Annual administration report of the Civil Veterinary Department of India - 1905-1906
Year: 1905
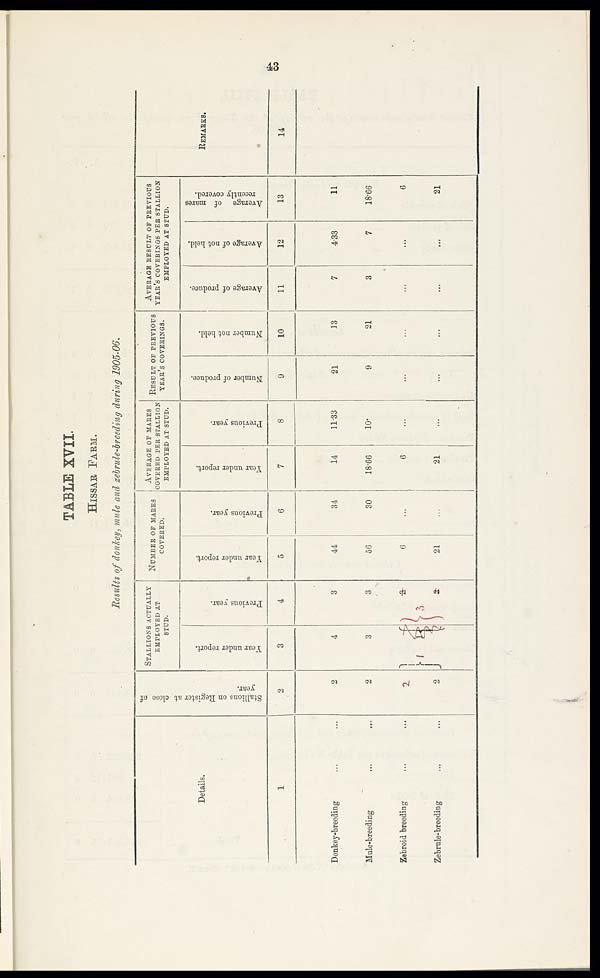
43
TABLE XVII.
HISSAR FARM.
Results of donkey, mule and zebrule-breeding during 1905-06.
Details.
1
Donkey-breeding ... ...
Male-breeding
...
...
Zebroid breeding ... ...
Zebrule-breeding ... ...
Stallions on Register at close of
year.
2
2
2
2
2
STALLIONS ACTUALLY
EMPLOYED AT
STUD.
Year
under report.
3
4
3
1
Previous year.
4
3
3
3
3
NUMBER OF MARES
COVERED.
Year under report.
5
44
56
6
21
Previous year.
6
34
30
...
...
AVERAGE OF MARES
COVERED PEE STALLION
EMPLOYED AT STUD.
Year under report.
7
14
18.66
6
21
Previous year.
8
11.33
10.
...
...
RESULT OF
PREVIOUS YEAR'S
COVERINGS.
Number of produce.
9
21
9
...
...
Number not held.
10
13
21
...
...
AVERAGE RESULT OF PREVIOUS
YEAR'S COVERINGS PER STALLION
EMPLOYED AT STUD.
Average of produce.
11
7
3
...
...
Average of not held.
12
4.33
7
...
...
Average of mares
recently covered.
13
11
18.66
6
21
REMARKS.
14